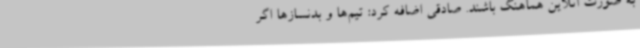
به صورت آنلاین هماهنگ باشند. صادقی اضافه کرد: تیم‌ها و بدنسازها اگر